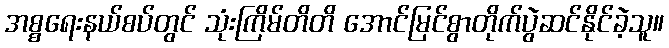
အစ္စရေးနယ်စပ်တွင် သုံးကြိမ်တိတိ အောင်မြင်စွာတိုက်ပွဲဆင်နိုင်ခဲ့သူ။